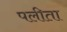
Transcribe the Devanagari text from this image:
पलीता